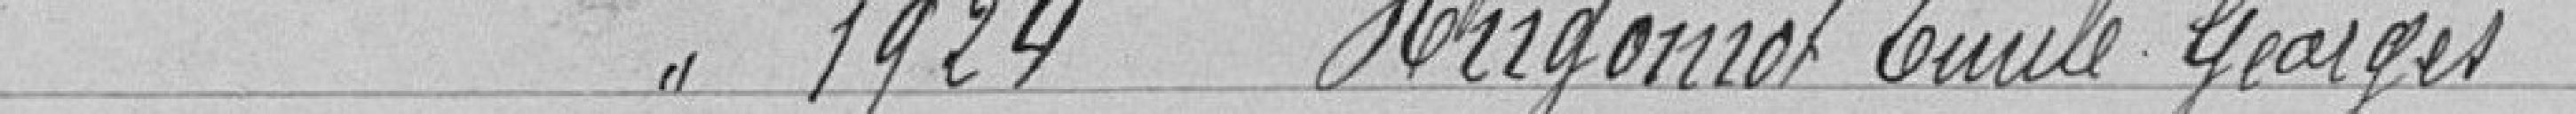
Classe 1924, HUGONIOT Emile Georges